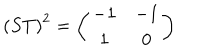
\left( S T \right) ^ { 2 } = \left( \begin{array} { c c } { { - 1 } } & { { - 1 } } \\ { { 1 } } & { { 0 } } \\ \end{array} \right)